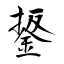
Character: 鋬